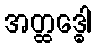
အတ္ထဒ္ဓေါ